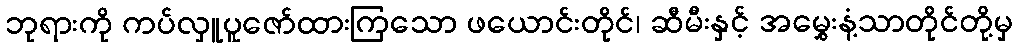
ဘုရားကို ကပ်လှူပူဇော်ထားကြသော ဖယောင်းတိုင်၊ ဆီမီးနှင့် အမွှေးနံ့သာတိုင်တို့မှ